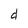
Character: d